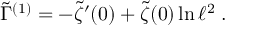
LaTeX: \tilde { \Gamma } ^ { ( 1 ) } = - \tilde { \zeta } ^ { \prime } ( 0 ) + \tilde { \zeta } ( 0 ) \ln \ell ^ { 2 } \; .